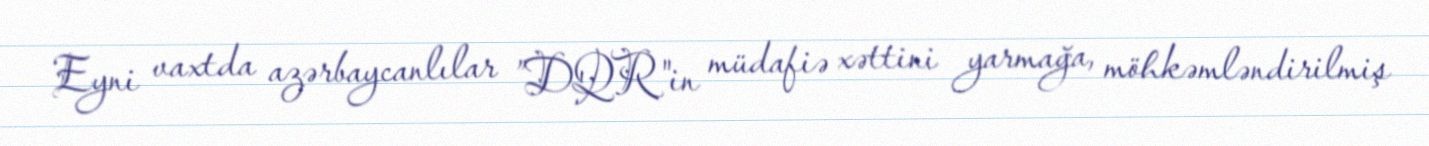
Eyni vaxtda azərbaycanlılar ”DQR"in müdafiə xəttini yarmağa, möhkəmləndirilmiş